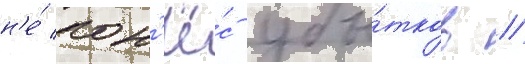
н'е́ пон'ё́с убы́тков //